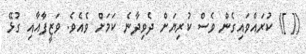
([ ]) ކުރައްވައިގެން ވެސް ކުރިޔަށް ދެވިދާނެ ކަމަށް ވެއެވެ. ވަޒީފާއާއި ގުޅޭ